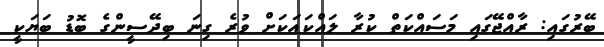
ބޭރުގައި: ރާއްޖޭގައި މަސައްކަތް ކުރާ ލައްކައަކަށް ވުރެ ގިނަ ބިދޭސީންގެ ބޮޑު ބަޔަކީ